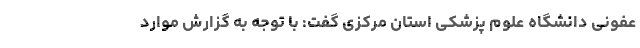
عفونی دانشگاه علوم پزشکی استان مرکزی گفت: با توجه به گزارش موارد